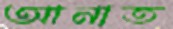
আনাত